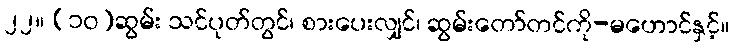
၂၂။ (၁၀)ဆွမ်း သင်ပုတ်တွင်၊ စားပေးလျှင်၊ ဆွမ်းတော်တင်ကို-မဟောင်နှင့်။